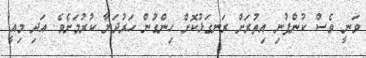
ވަނީ ވެސް ކުންފުނި އިތުރަށް ރަނގަޅުކޮށް ހިންގުން ހަރުދަނާ ކުރުމަށެވެ. އަދި މިއީ